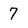
Character: 7